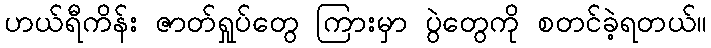
ဟယ်ရီကိန်း ဇာတ်ရှုပ်တွေ ကြားမှာ ပွဲတွေကို စတင်ခဲ့ရတယ်။